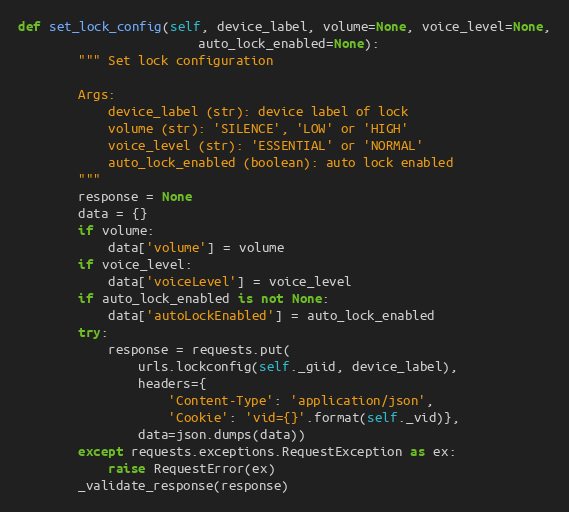
Language: Python
def set_lock_config(self, device_label, volume=None, voice_level=None,
                        auto_lock_enabled=None):
        """ Set lock configuration

        Args:
            device_label (str): device label of lock
            volume (str): 'SILENCE', 'LOW' or 'HIGH'
            voice_level (str): 'ESSENTIAL' or 'NORMAL'
            auto_lock_enabled (boolean): auto lock enabled
        """
        response = None
        data = {}
        if volume:
            data['volume'] = volume
        if voice_level:
            data['voiceLevel'] = voice_level
        if auto_lock_enabled is not None:
            data['autoLockEnabled'] = auto_lock_enabled
        try:
            response = requests.put(
                urls.lockconfig(self._giid, device_label),
                headers={
                    'Content-Type': 'application/json',
                    'Cookie': 'vid={}'.format(self._vid)},
                data=json.dumps(data))
        except requests.exceptions.RequestException as ex:
            raise RequestError(ex)
        _validate_response(response)